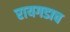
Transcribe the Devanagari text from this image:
रायगडाच